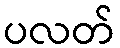
ပလတ်